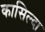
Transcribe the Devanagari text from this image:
कासिल्दा